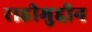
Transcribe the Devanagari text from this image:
राहीमुद्दीन